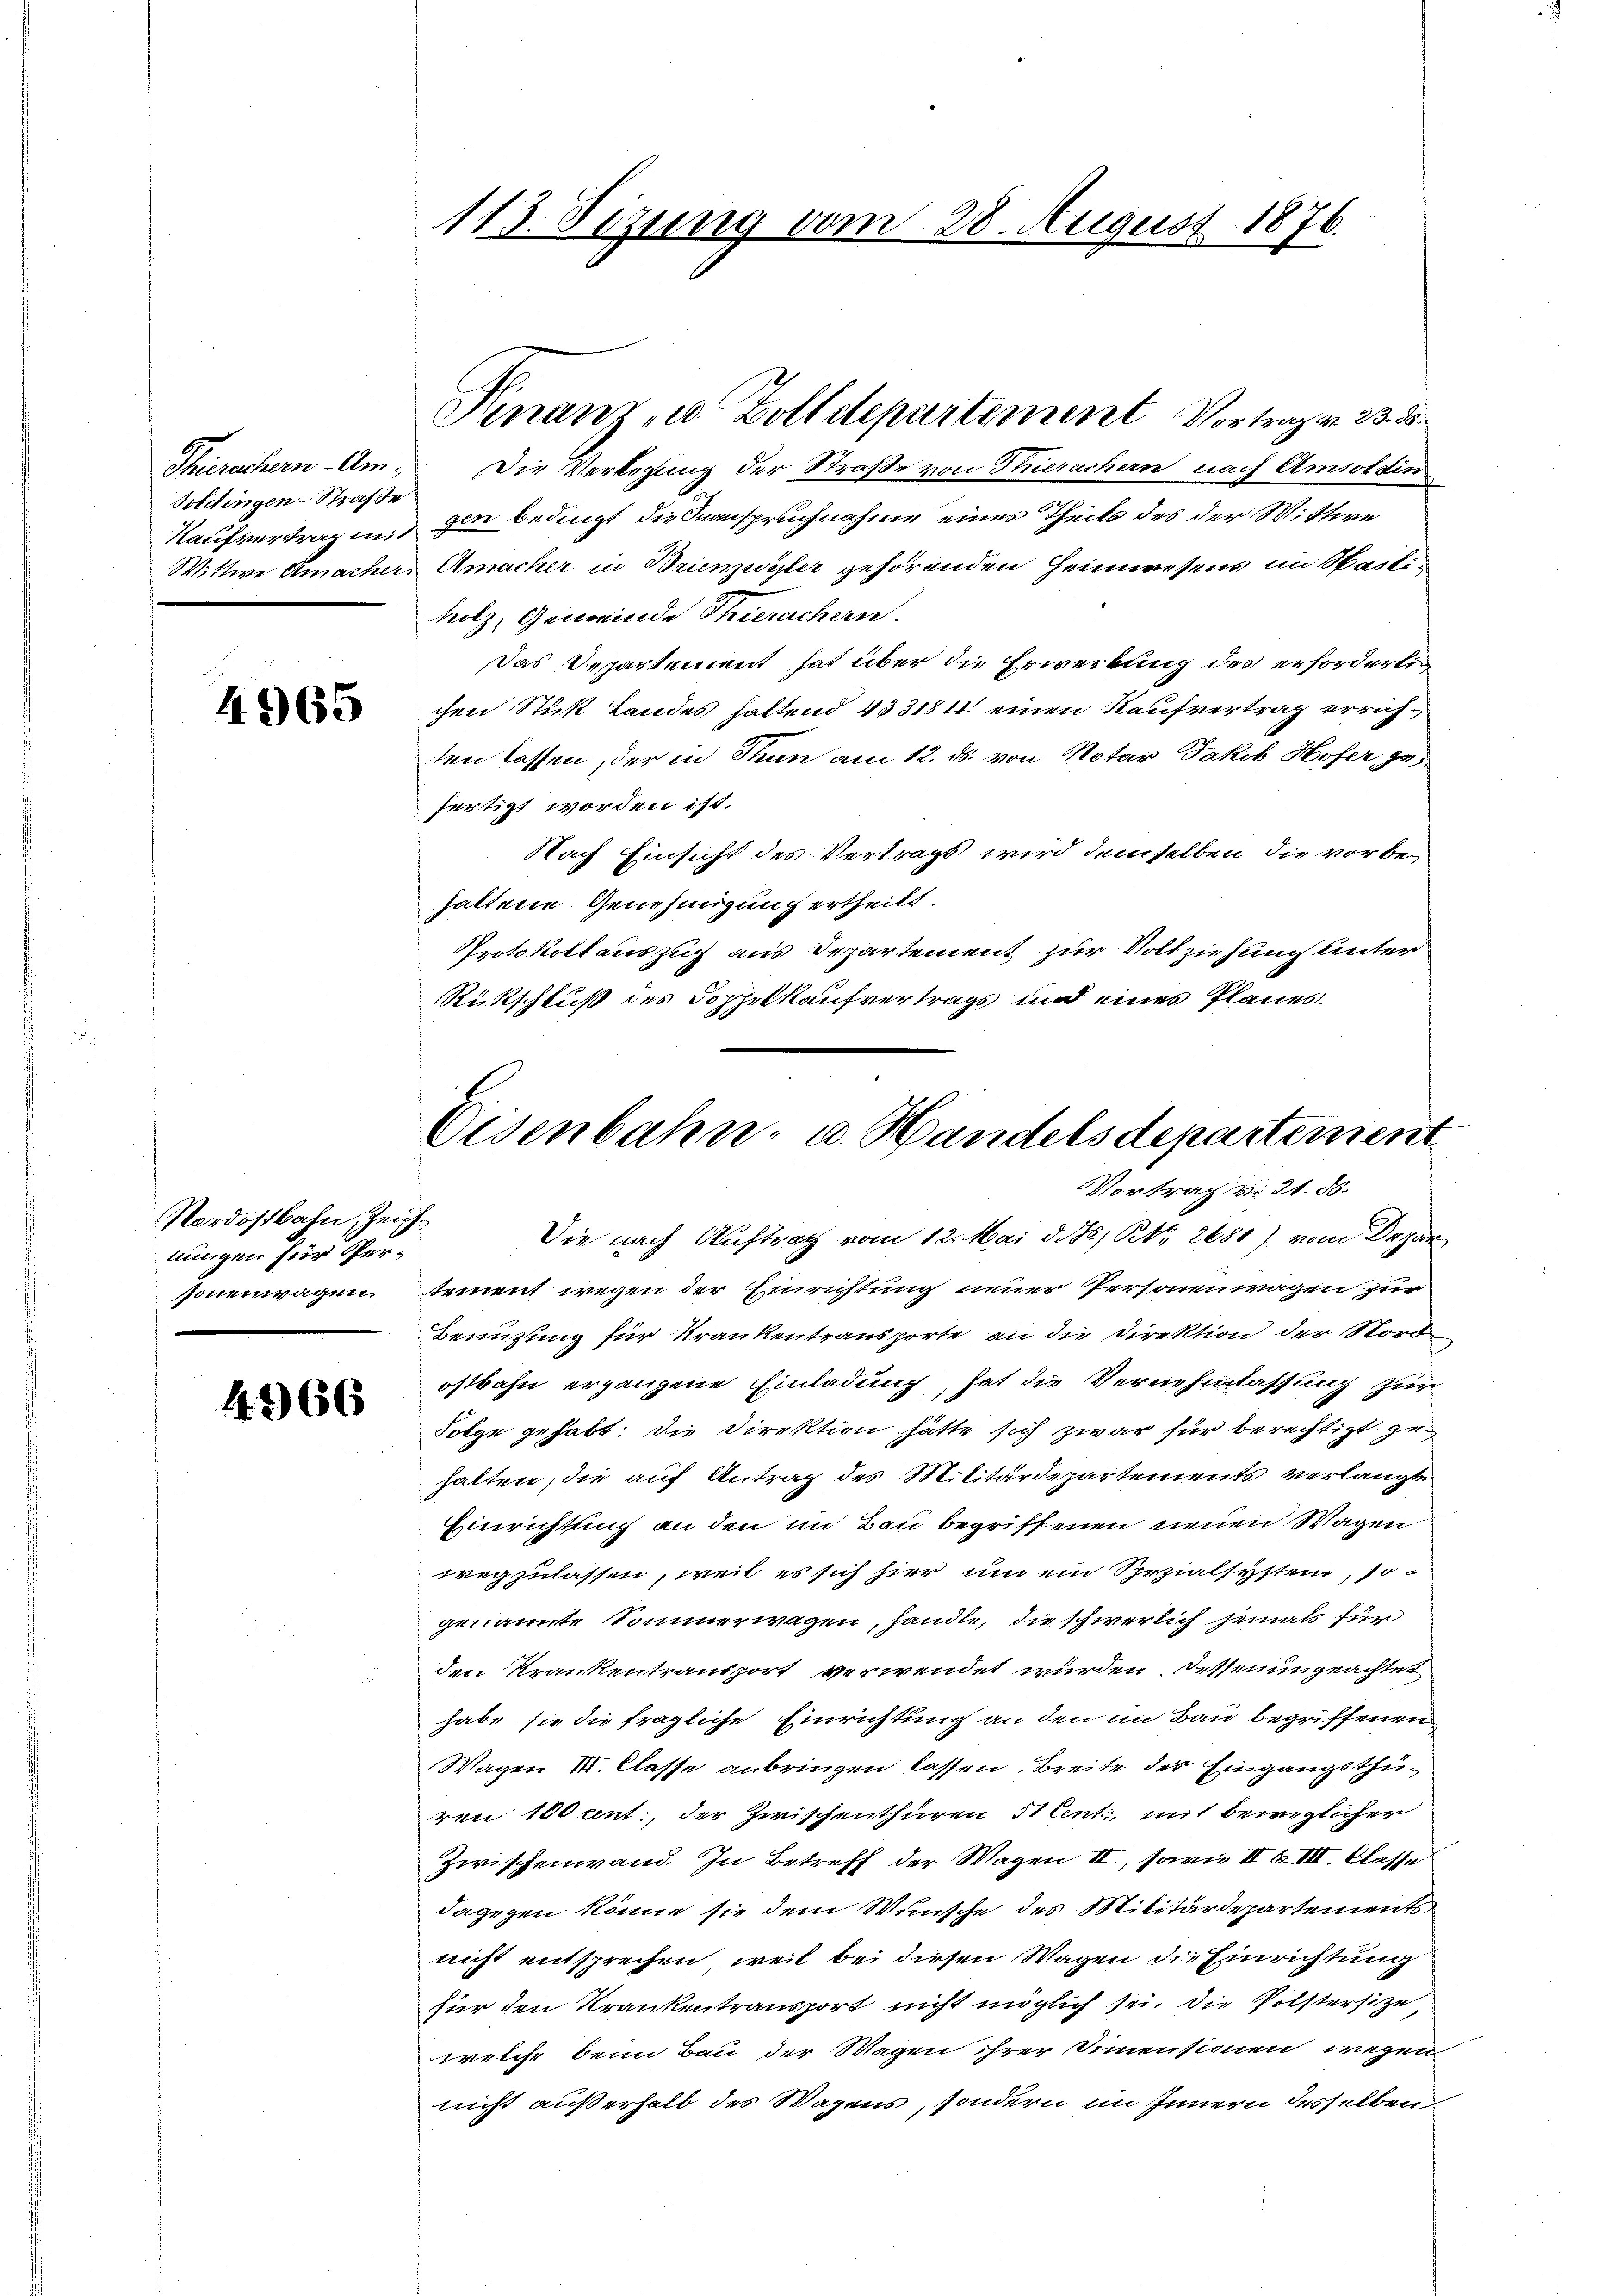
Bietingen-Straße

4965

Nordostbahn, Zeichmungen hier Per-

4366

113. Sizung vom 28. August 1876.

Thierachern Am Die Verlesung der Straße von Stuerachern nach Amsoldin
Kaufvertragen zur Bedingt die Inanspruchnahme eines Theils des der Wittwe
Wittwe Amacher Amacher in Brinzerster gehörenden Heimwesens im Mastiholz, Gemeinde Thierachern.
Das Departement hat über die Erwerbung des erforderlig
chen Stuk Landes haltend 4531841 einen Kaufvertrag errichten lassen, der in Thun am 12. ds. von Notar Jakob Hofer zu
fertigt worden ist.
Nach Einsicht des Vertrags wird demselben die vorbehaltene Genehmigung ertheilt.
Protokollauszug aus Departement zur Vollziehung unter
Rückschluß des Doppelkaufvertrags und eines Planes.

Finanz, u. Zolldepartement Vortrag v. 23. d

Eisenbahn- u. Handelsdepartement
Vortrag v. 21. ds.

Die nach Auftrag vom 12. Mai d. J. St. 2680) vom Depar
sonenwagen, tement wegen der Einrichtung neuer Personenwagen zur
Bemühung für Krankentransporte an die Direktion der Nord
ostbahn ergangene Einladung, hat die Vernehmlassung zur
Folge gehabt. Die Direktion hätte sich zwar für berechtigt gehalten, die auf Antrag des Militärdepartements verlangte
Einrichtung an den im Bau begriffenen neuen Wagen
wegzulassen, weil es sich hier, um ein Spezialsystem, sogenannte Sommerwagen, handle, die schwerlich jemals für
den Krankentransport verwendet wurden, dessenungeachtet
habe sie die fragliche Einrichtung an den im Bau begriffenen
Wagen III. Classe anbringen lassen Breite des Eingangsthüren 100 cent, der Zwischenthüren 5 Cent, mit beweglichen
Zwischenwand. In Betreff der Wagen II., sowie II 6 III. Classe
dagegen könne sie dem Wunsche des Militärdepartements
nicht entsprechen, weil bei diesen Wagen die Einrichtung
Für den Krankentransport nicht möglich sei. Die Pölstersitze,
welche beim Bau der Wagen ihrer Simmensionen wegen
nicht außerhalt des Wagens, sondern im Innern desselben